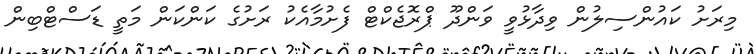
މިރަށު ކައުންސިލުން ވިދާޅުވީ ވަންދޫ ޕްރޮޖެކްޓް ފެށުމާއެކު ރަށުގެ ކަންކަން މަތީ ޑަސްޓްބިން